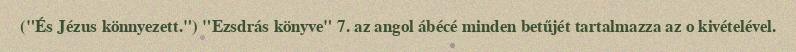
("És Jézus könnyezett.") "Ezsdrás könyve" 7. az angol ábécé minden betűjét tartalmazza az o kivételével.